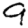
Digit: 9